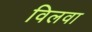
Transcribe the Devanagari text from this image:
विलवा